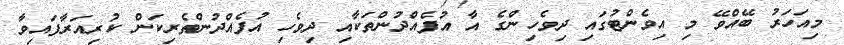
މިއަހަރު ބޭއްވޭ މި އިވެންޓުގައި ދިވެހިންގެ އާ އުފެއްދުންތަކާއި ދިވެހި އުފެއްދުންތެރިކަން ކުރިއަރާފައިވާ